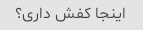
اینجا کفش داری؟